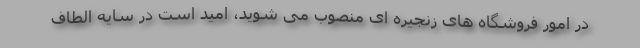
در امور فروشگاه های زنجیره ای منصوب می شوید، امید است در سایه الطاف